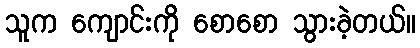
သူက ကျောင်းကို စောစော သွားခဲ့တယ်။